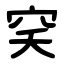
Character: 穾